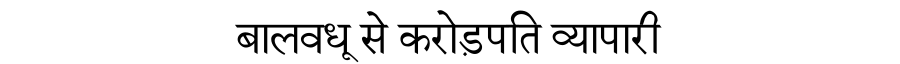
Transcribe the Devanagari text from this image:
बालवधू से करोड़पति व्यापारी